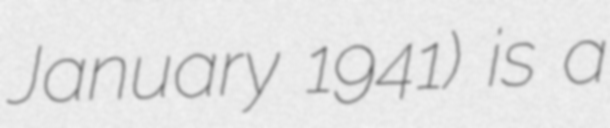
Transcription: January 1941) is a